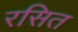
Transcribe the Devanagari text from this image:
रसित